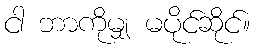
ငါ ဘာကိုမျှ မပိုင်ဆိုင်။